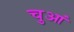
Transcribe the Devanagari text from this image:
चुआं